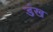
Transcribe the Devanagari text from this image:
डंख